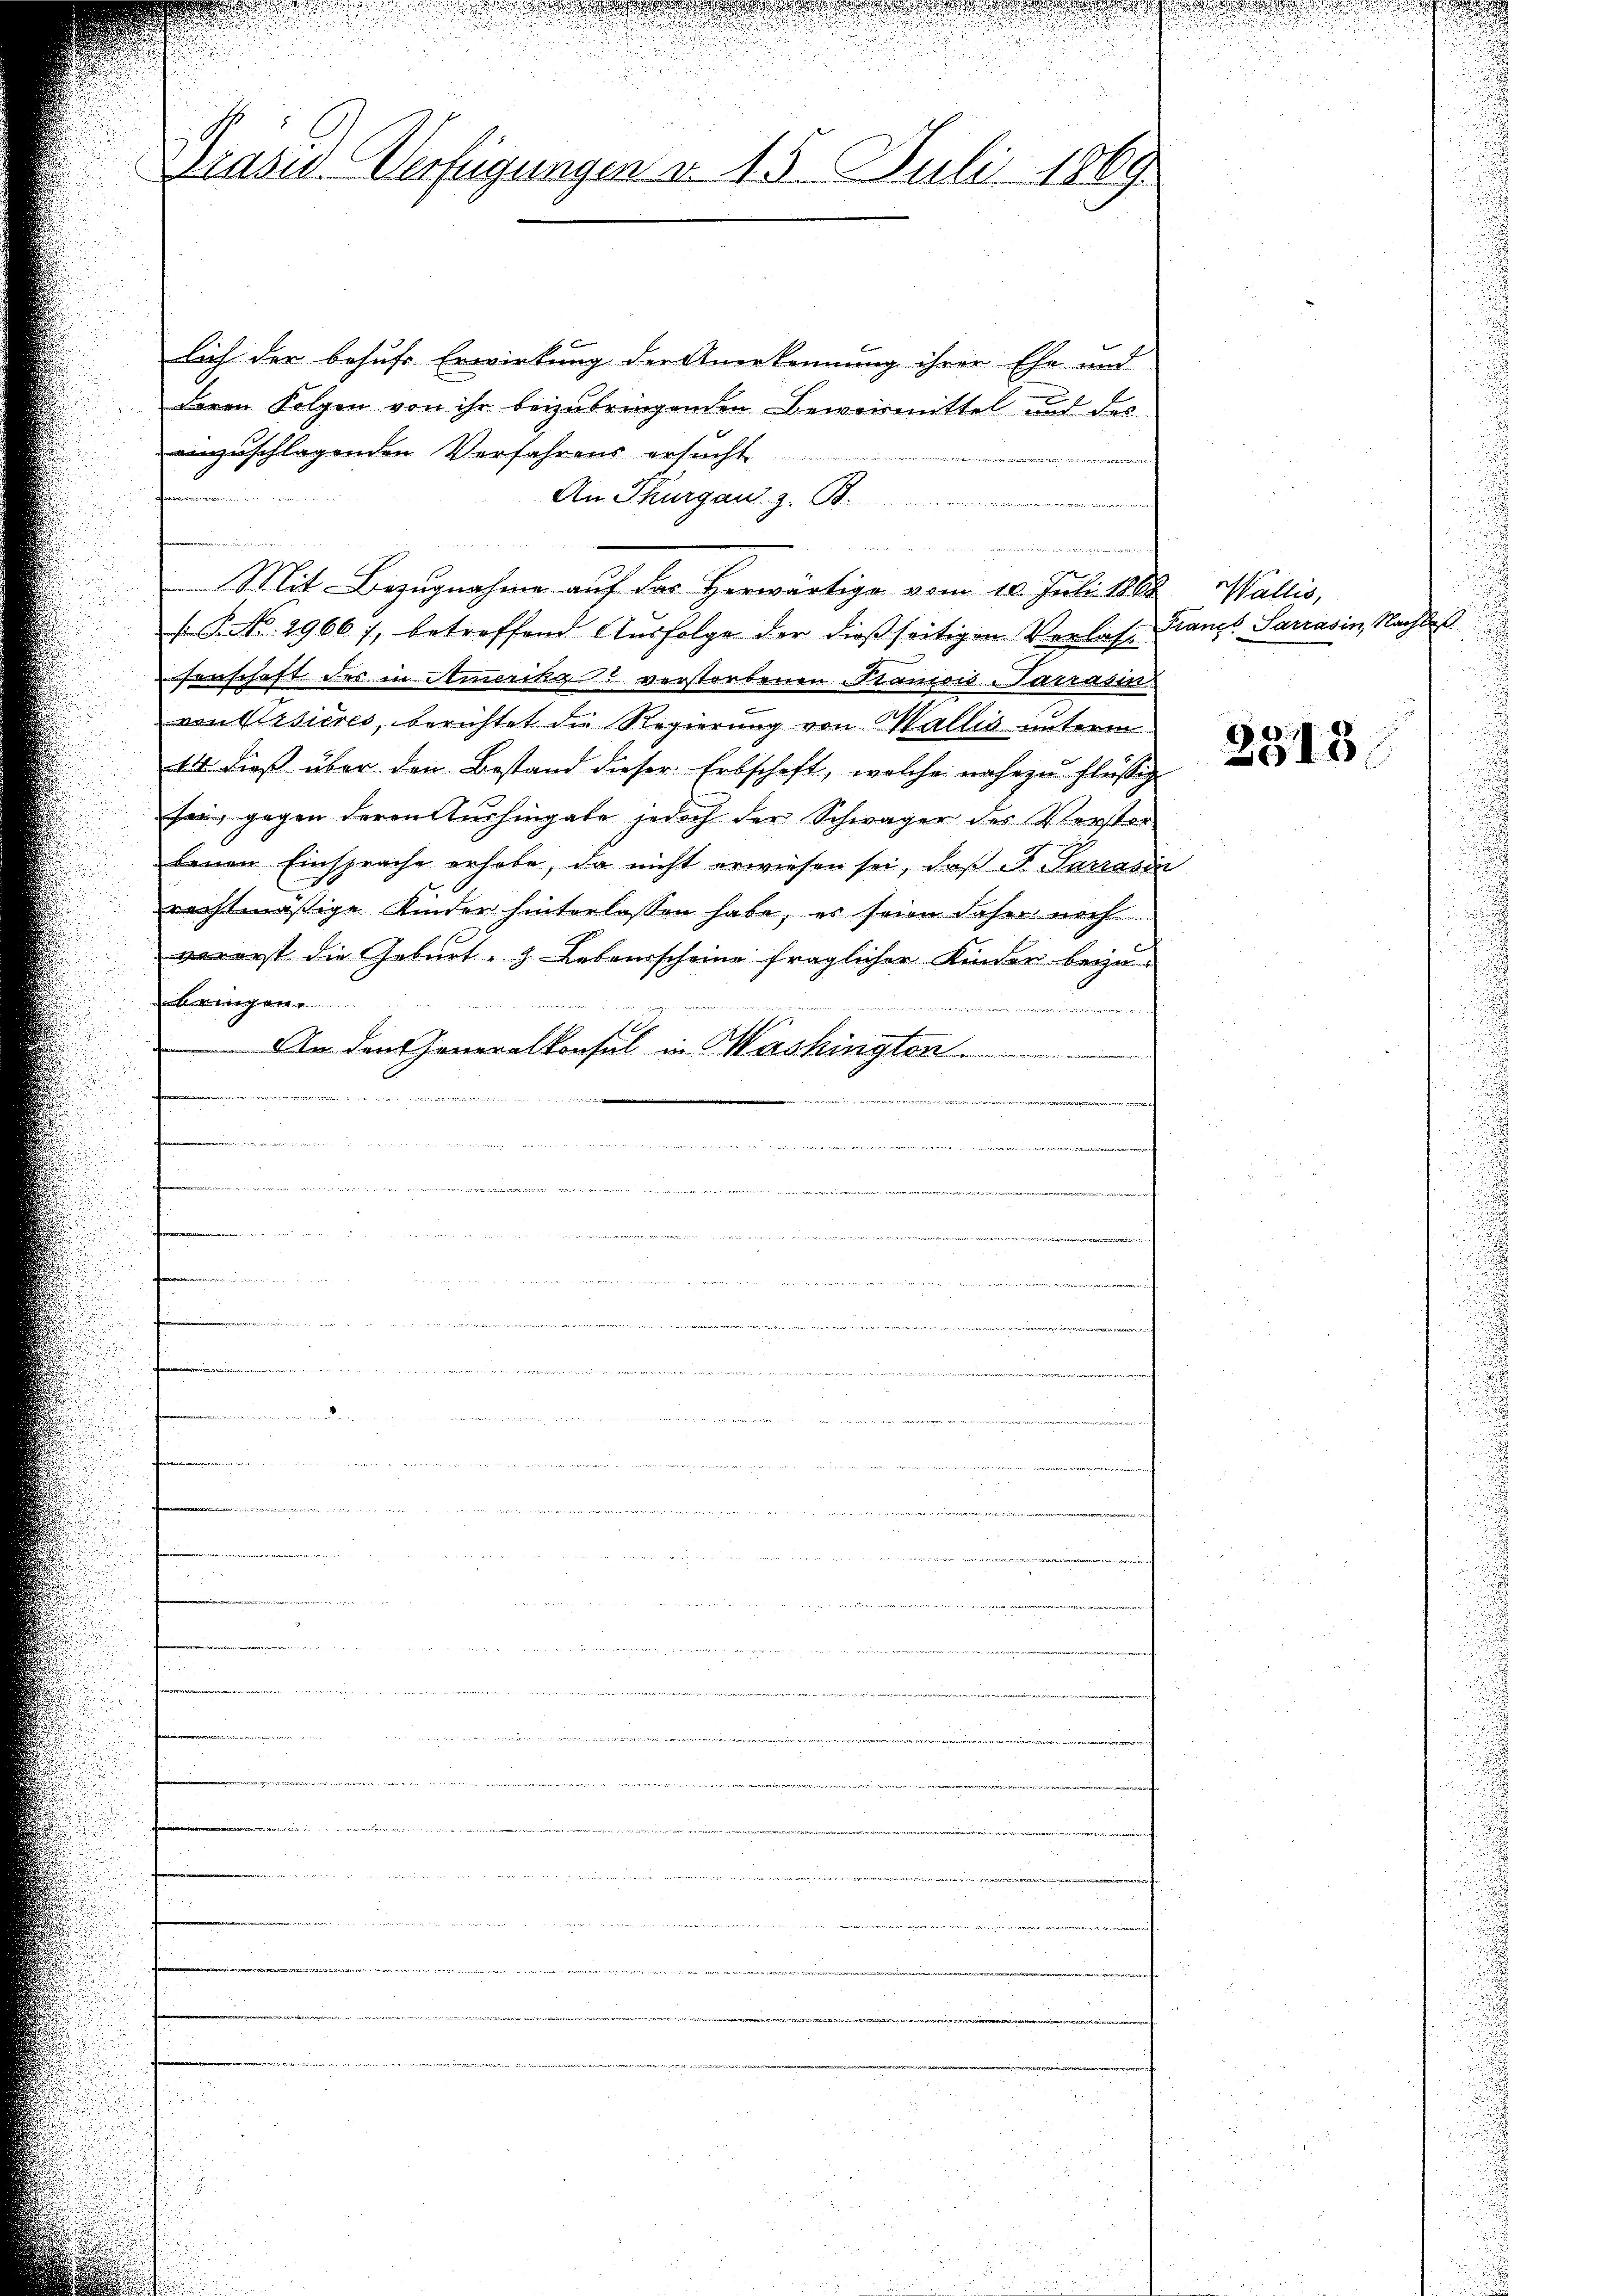
A

u
u

Drasis Verfügungen v. 15. Juli 1869.

lich der behufs Erwirkung der Anerkennung ihrer Ehe und
deren Folgen von ihr beizubringenden Beweismittel und des
einzuschlagenden Verfahrens ersŭcht
2
An Thurgau, z. B.
e

 Mit Bezugnahme auf das Herwärtige vom 10. Juli 1888 Wallis,
P.No. 2966), betreffend Ausfolge der dießseitigen Verlas- Franzs Sarrasin, Nachdes
senschaft des in Stmerika verstorbenen Stanicis Carrasin
von Visieres, berichtet die Regierung von Wallis unterm
14 dieß über den Bestand dieser Erbschaft, welche nahe zu flüssig
sei, gegen deren Aushingabe jedoch der Schwäger des Versterbenen Einsprache erhabe, da nicht erwiesen sei, daß et Sarrasin
rechtmäßige Kinder hinterlassen habe, es seien daher noch
vererst die Geburt - Lebensscheine fraglicher Kinder bey
e
 mit erinnerungen
An den Generalkonsul in Mashington
u

e

3315.